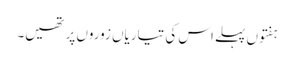
ہفتوں پہلے اس کی تیاریاں زوروں پر تھیں۔